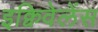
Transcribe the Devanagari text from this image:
इक्विवेलेंस